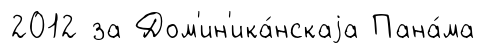
2012 за Дом'ин'ика́нскаjа Пана́ма